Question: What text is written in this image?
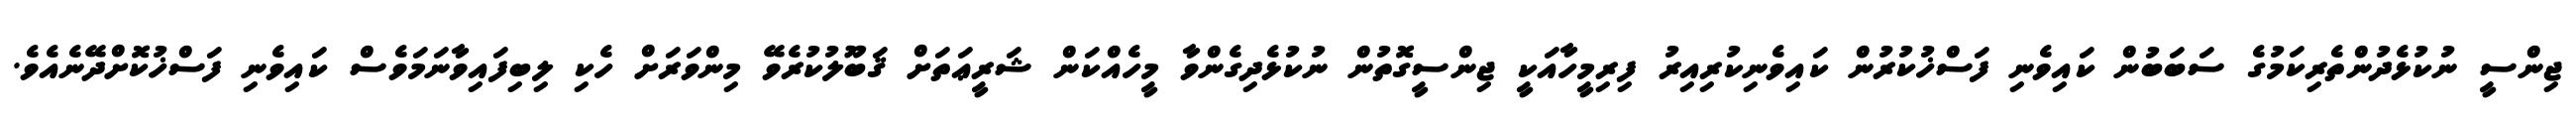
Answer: ޖިންސީ ނުކުޅެދުންތެރިކަމުގެ ސަބަބުން ކައިވެނި ފަސްޚުކުރުން ކައިވެނިކުރިއިރު ފިރިމީހާއަކީ ޖިންސީގޮތުން ނުކުޅެދިގެންވާ މީހެއްކަން ޝަރީޢަތަށް ޤަބޫލުކުރެވޭ މިންވަރަށް ހެކި ލިބިފައިވާނަމަވެސް ކައިވެނި ފަސްޚުކޮށްދޭނެއެވެ.